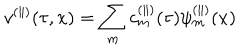
LaTeX: v ^ { ( \parallel ) } ( \tau , x ) = \sum _ { m } c _ { m } ^ { ( \parallel ) } ( \tau ) \psi _ { m } ^ { ( \parallel ) } ( x )